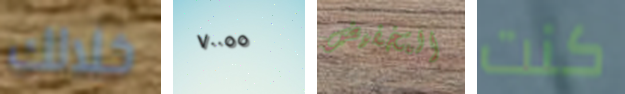
خلالك ٧٠٠٥٥ التخفيض كنت